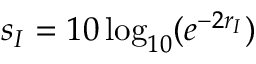
s _ { I } = 1 0 \log _ { 1 0 } ( e ^ { - 2 r _ { I } } )